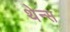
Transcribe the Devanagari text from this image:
थेन्स